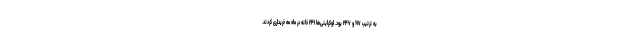
به ترتیب ۶۱۷ و ۲۴۷ بود. اوکراینی‌ها ۲۴۱ خانه در ماه مه خریداری کردند.